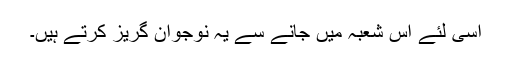
اسی لئے اس شعبہ میں جانے سے یہ نوجوان گریز کرتے ہیں۔